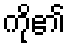
ကို၏